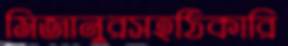
মিজানুরসহঠিকারি